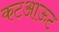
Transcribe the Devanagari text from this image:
कटआऊट